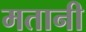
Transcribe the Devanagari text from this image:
मतानी